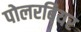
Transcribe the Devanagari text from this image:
पोलरबियर